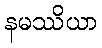
နမဿိယာ